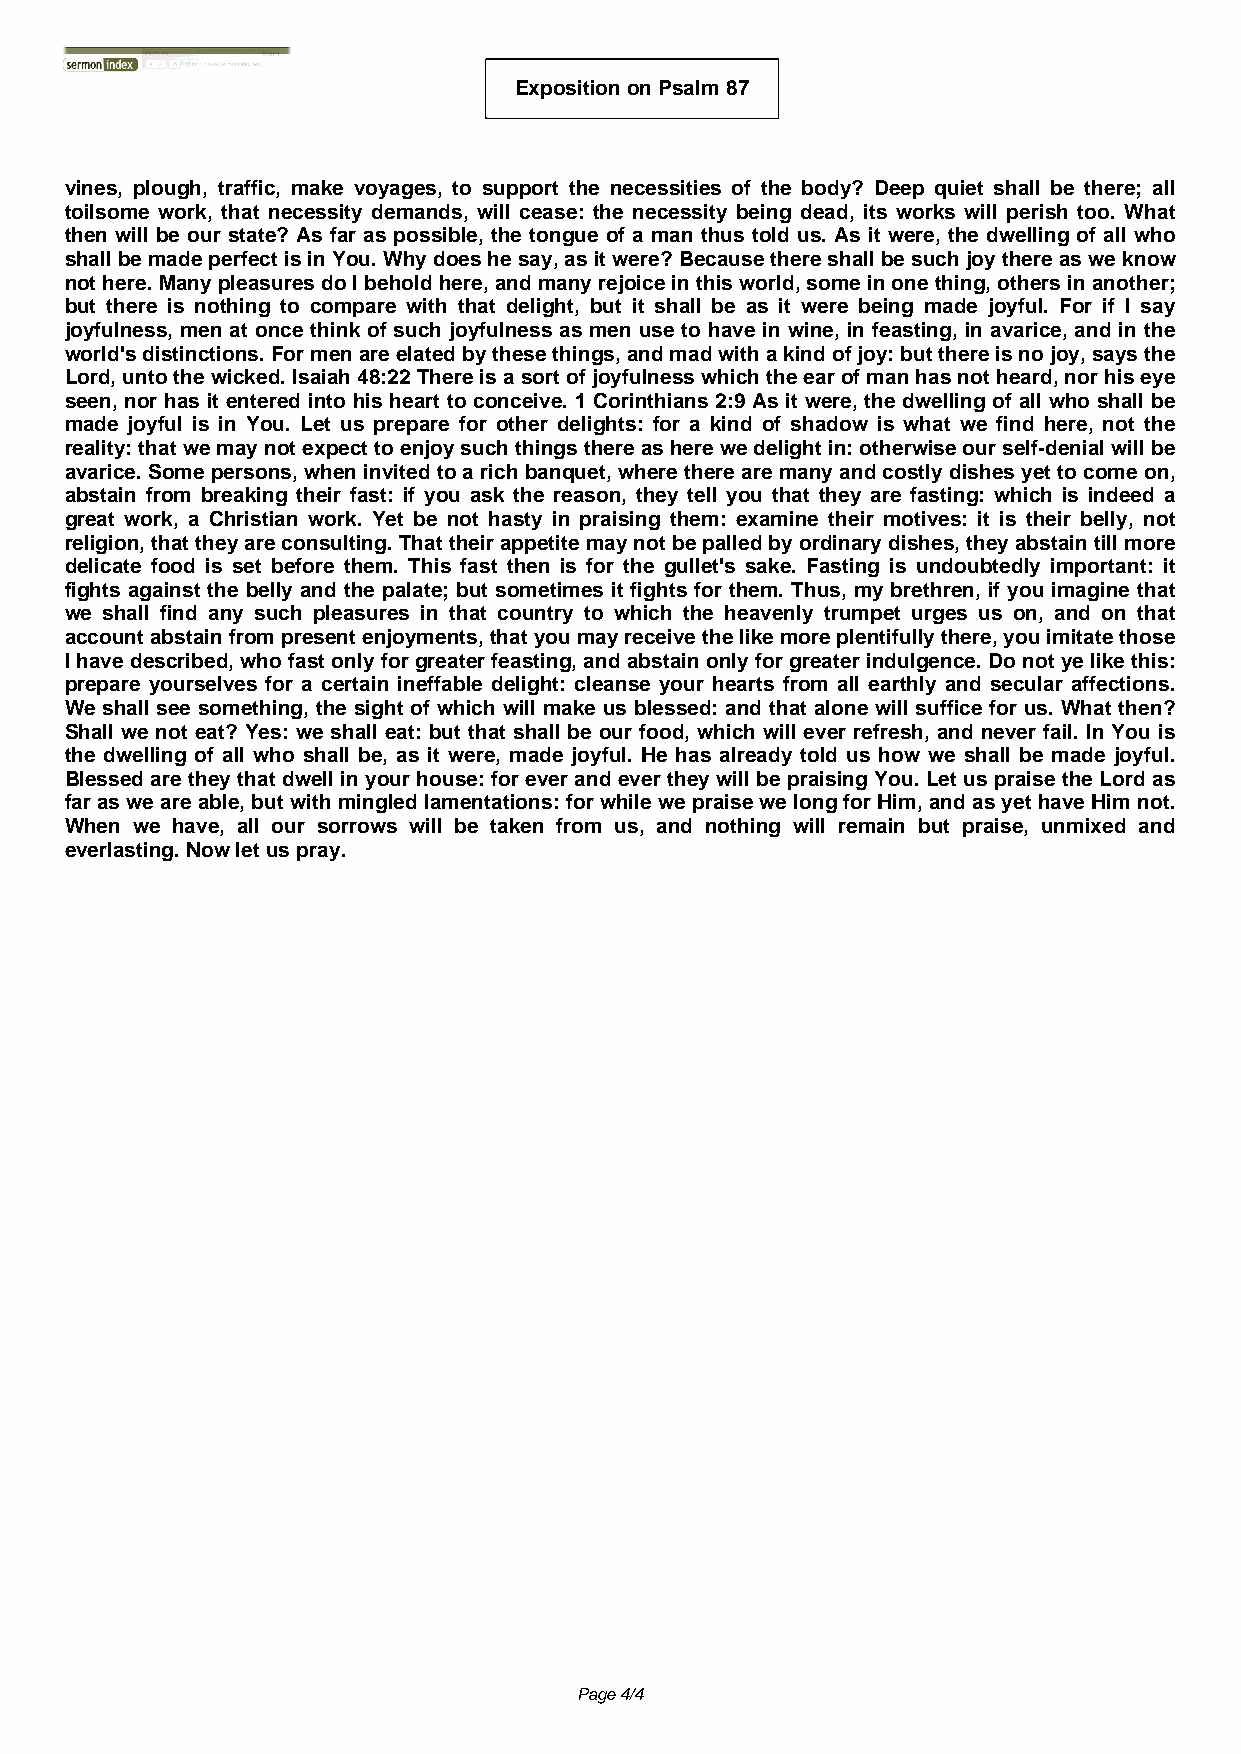
Exposition on Psalm 87
 vines, plough, traffic, make voyages, to support the necessities of the body? Deep quiet shall be there; all
 toilsome work, that necessity demands, will cease: the necessity being dead, its works will perish too. What
 then will be our state? As far as possible, the tongue of a man thus told us. As it were, the dwelling of all who
 shall be made perfect is in You. Why does he say, as it were? Because there shall be such joy there as we know
 not here. Many pleasures do I behold here, and many rejoice in this world, some in one thing, others in another;
 but there is nothing to compare with that delight, but it shall be as it were being made joyful. For if I say
 joyfulness, men at once think of such joyfulness as men use to have in wine, in feasting, in avarice, and in the
 world's distinctions. For men are elated by these things, and mad with a kind of joy: but there is no joy, says the
 Lord, unto the wicked. Isaiah 48:22 There is a sort of joyfulness which the ear of man has not heard, nor his eye
 seen, nor has it entered into his heart to conceive. 1 Corinthians 2:9 As it were, the dwelling of all who shall be
 made joyful is in You. Let us prepare for other delights: for a kind of shadow is what we find here, not the
 reality: that we may not expect to enjoy such things there as here we delight in: otherwise our self-denial will be
 avarice. Some persons, when invited to a rich banquet, where there are many and costly dishes yet to come on,
 abstain from breaking their fast: if you ask the reason, they tell you that they are fasting: which is indeed a
 great work, a Christian work. Yet be not hasty in praising them: examine their motives: it is their belly, not
 religion, that they are consulting. That their appetite may not be palled by ordinary dishes, they abstain till more
 delicate food is set before them. This fast then is for the gullet's sake. Fasting is undoubtedly important: it
 fights against the belly and the palate; but sometimes it fights for them. Thus, my brethren, if you imagine that
 we shall find any such pleasures in that country to which the heavenly trumpet urges us on, and on that
 account abstain from present enjoyments, that you may receive the like more plentifully there, you imitate those
 I have described, who fast only for greater feasting, and abstain only for greater indulgence. Do not ye like this:
 prepare yourselves for a certain ineffable delight: cleanse your hearts from all earthly and secular affections.
 We shall see something, the sight of which will make us blessed: and that alone will suffice for us. What then?
 Shall we not eat? Yes: we shall eat: but that shall be our food, which will ever refresh, and never fail. In You is
 the dwelling of all who shall be, as it were, made joyful. He has already told us how we shall be made joyful.
 Blessed are they that dwell in your house: for ever and ever they will be praising You. Let us praise the Lord as
 far as we are able, but with mingled lamentations: for while we praise we long for Him, and as yet have Him not.
 When we have, all our sorrows will be taken from us, and nothing will remain but praise, unmixed and
 everlasting. Now let us pray.
 Page 4/4